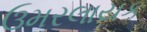
ઉમરલાયક